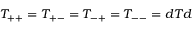
T _ { + + } = T _ { + - } = T _ { - + } = T _ { -- } = d T d